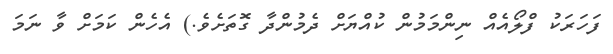
ފަހަރަކު ފްލޯއެއް ނިންމަމުން ކުއްޔަށް ދެމުންދާ ގޮތަށެވެ.) އެހެން ކަމަށް ވާ ނަމަ